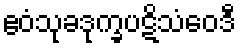
ဧဝံသုခဒုက္ခပဋိသံဝေဒီ